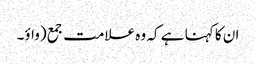
ان کا کہنا ہے کہ وہ علامت جمع (واؤ۔